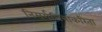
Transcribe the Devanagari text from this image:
निसर्गचित्रांकरिता